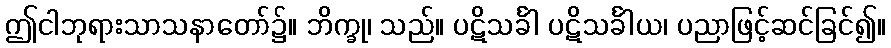
ဤငါဘုရားသာသနာတော်၌။ ဘိက္ခု၊ သည်။ ပဋိသင်္ခါ ပဋိသင်္ခါယ၊ ပညာဖြင့်ဆင်ခြင်၍။